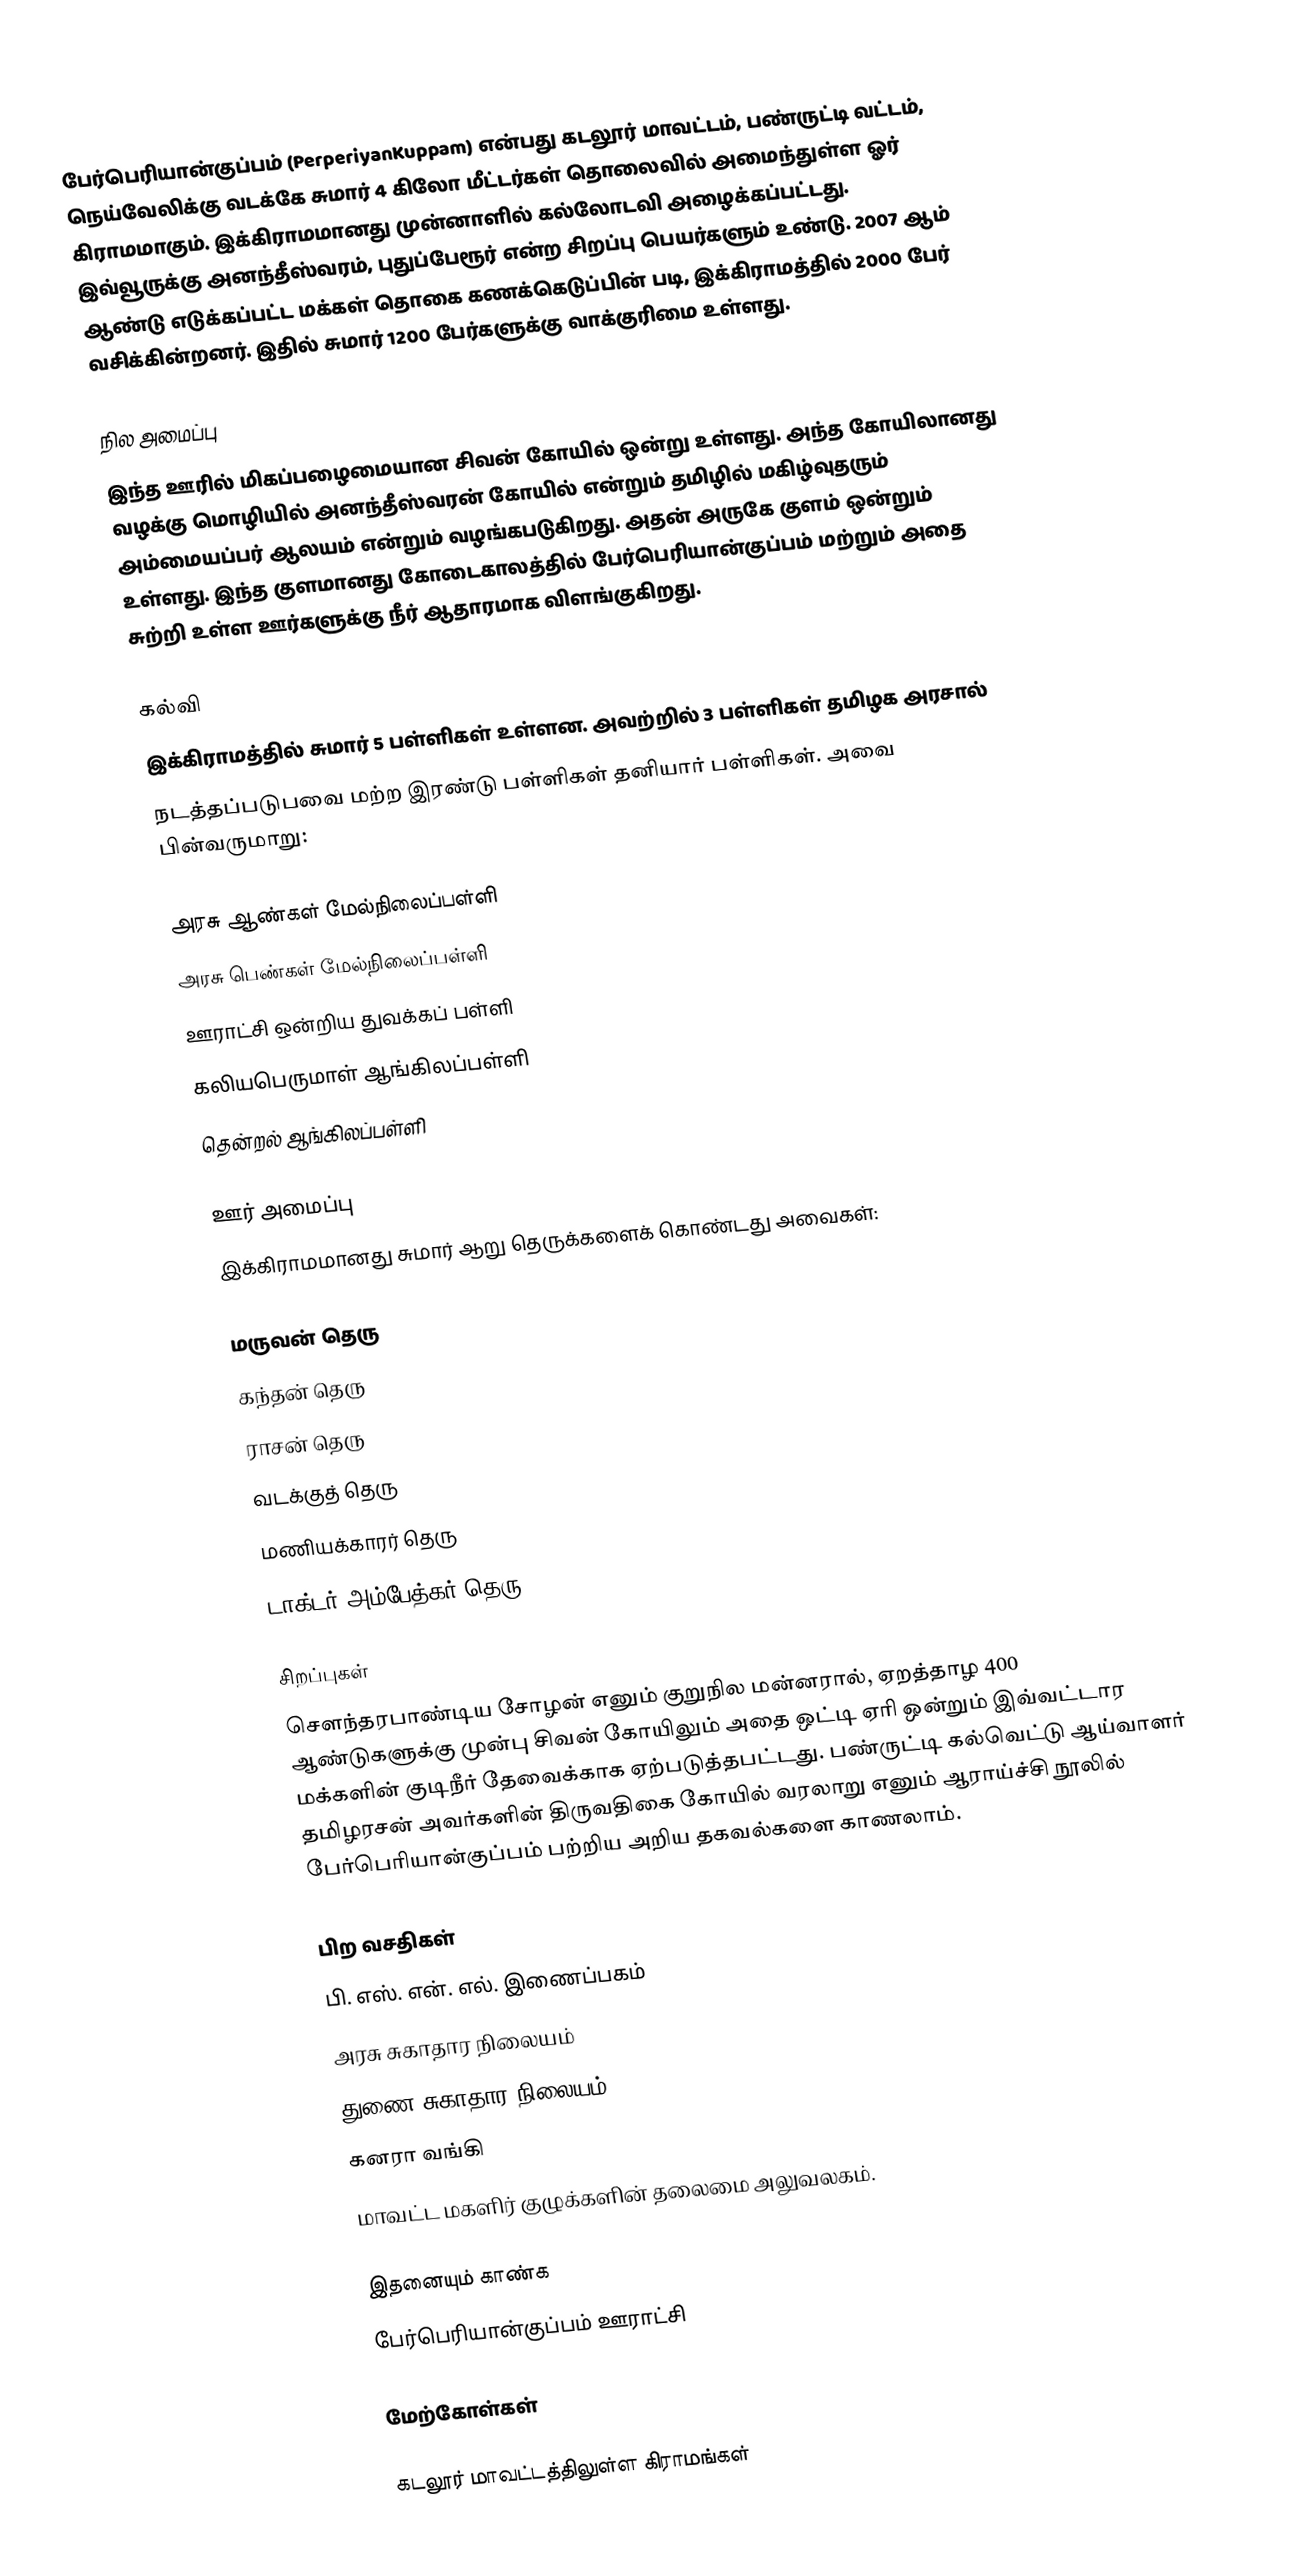
பேர்பெரியான்குப்பம் (PerperiyanKuppam) என்பது கடலூர் மாவட்டம், பண்ருட்டி வட்டம்,  நெய்வேலிக்கு வடக்கே சுமார் 4 கிலோ மீட்டர்கள் தொலைவில் அமைந்துள்ள ஓர் கிராமமாகும். இக்கிராமமானது முன்னாளில் கல்லோடவி அழைக்கப்பட்டது. இவ்வூருக்கு  அனந்தீஸ்வரம், புதுப்பேரூர் என்ற சிறப்பு பெயர்களும் உண்டு. 2007 ஆம் ஆண்டு எடுக்கப்பட்ட மக்கள் தொகை  கணக்கெடுப்பின் படி, இக்கிராமத்தில் 2000 பேர் வசிக்கின்றனர். இதில் சுமார் 1200 பேர்களுக்கு வாக்குரிமை உள்ளது.

நில அமைப்பு
இந்த ஊரில் மிகப்பழைமையான சிவன் கோயில் ஒன்று உள்ளது. அந்த கோயிலானது வழக்கு மொழியில் அனந்தீஸ்வரன் கோயில் என்றும்  தமிழில் மகிழ்வுதரும் அம்மையப்பர் ஆலயம் என்றும் வழங்கபடுகிறது. அதன் அருகே குளம் ஒன்றும் உள்ளது. இந்த குளமானது கோடைகாலத்தில் பேர்பெரியான்குப்பம் மற்றும் அதை சுற்றி உள்ள ஊர்களுக்கு நீர் ஆதாரமாக விளங்குகிறது.

கல்வி
இக்கிராமத்தில் சுமார் 5 பள்ளிகள் உள்ளன. அவற்றில் 3 பள்ளிகள் தமிழக அரசால்
நடத்தப்படுபவை மற்ற இரண்டு பள்ளிகள் தனியார் பள்ளிகள். அவை பின்வருமாறு:

அரசு ஆண்கள் மேல்நிலைப்பள்ளி
அரசு பெண்கள் மேல்நிலைப்பள்ளி
ஊராட்சி ஒன்றிய துவக்கப் பள்ளி
கலியபெருமாள் ஆங்கிலப்பள்ளி
தென்றல் ஆங்கிலப்பள்ளி

ஊர் அமைப்பு
இக்கிராமமானது சுமார் ஆறு தெருக்களைக் கொண்டது அவைகள்:

 மருவன் தெரு
 கந்தன் தெரு
 ராசன் தெரு
 வடக்குத் தெரு
 மணியக்காரர் தெரு
 டாக்டர் அம்பேத்கர் தெரு

சிறப்புகள்
சௌந்தரபாண்டிய சோழன் எனும் குறுநில மன்னரால், ஏறத்தாழ 400 ஆண்டுகளுக்கு முன்பு சிவன் கோயிலும் அதை ஒட்டி ஏரி ஒன்றும் இவ்வட்டார மக்களின் குடிநீர் தேவைக்காக ஏற்படுத்தபட்டது. பண்ருட்டி கல்வெட்டு ஆய்வாளர் தமிழரசன்  அவர்களின் திருவதிகை கோயில் வரலாறு எனும் ஆராய்ச்சி நூலில் பேர்பெரியான்குப்பம் பற்றிய அறிய தகவல்களை காணலாம்.

பிற வசதிகள்
 பி. எஸ். என். எல். இணைப்பகம்
 அரசு சுகாதார நிலையம்
 துணை சுகாதார நிலையம்,
 கனரா வங்கி
 மாவட்ட மகளிர் குழுக்களின் தலைமை அலுவலகம்.

இதனையும் காண்க
 பேர்பெரியான்குப்பம் ஊராட்சி

மேற்கோள்கள்

கடலூர் மாவட்டத்திலுள்ள கிராமங்கள்